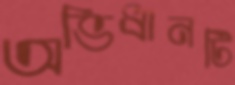
অভিধানটি